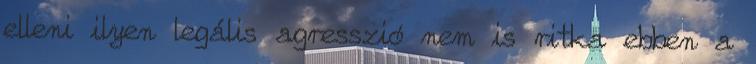
elleni ilyen legális agresszió nem is ritka ebben a